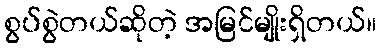
စွပ်စွဲတယ်ဆိုတဲ့ အမြင်မျိုးရှိတယ်။